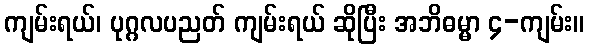
ကျမ်းရယ်၊ ပုဂ္ဂလပညတ် ကျမ်းရယ် ဆိုပြီး အဘိဓမ္မာ ၄-ကျမ်း။